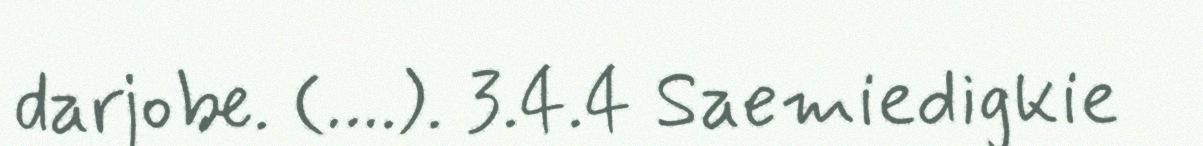
darjobe. (….). 3.4.4 Saemiedigkie